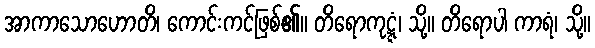
အာကာသောဟောတိ၊ ကောင်းကင်ဖြစ်၏။ တိရောကုဋ္ဋံ၊ သို့။ တိရောပါ ကာရံ၊ သို့။